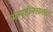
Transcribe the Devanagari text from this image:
मेन्यूहीनसारखे